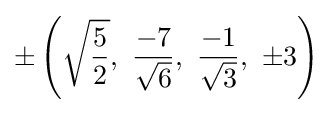
\pm \left({\sqrt {\frac {5}{2}}},\ {\frac {-7}{\sqrt {6}}},\ {\frac {-1}{\sqrt {3}}},\ \pm 3\right)